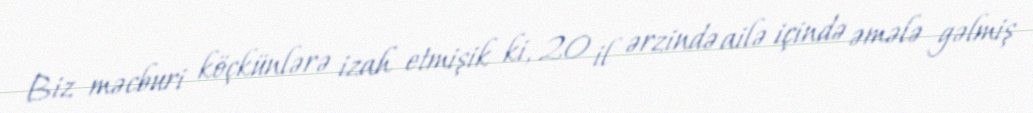
Biz məcburi köçkünlərə izah etmişik ki, 20 il ərzində ailə içində əmələ gəlmiş